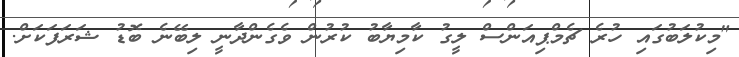
"މިކުލަބުގައި ހުރެ ޗެމްޕިއަންސް ލީގު ކާމިޔާބު ކުރުން ވެގެންދާނީ ލިބޭނެ ބޮޑު ޝަރަފަކަށް.